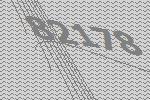
82178